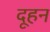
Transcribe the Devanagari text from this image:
दूहन